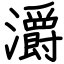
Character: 灂